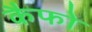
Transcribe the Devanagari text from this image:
कैफो